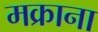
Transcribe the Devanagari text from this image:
मक्राना